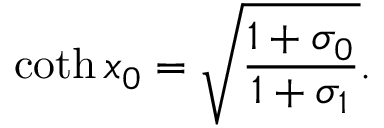
\coth x _ { 0 } = \sqrt { \frac { 1 + \sigma _ { 0 } } { 1 + \sigma _ { 1 } } } .